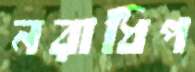
নরাধিপ